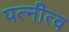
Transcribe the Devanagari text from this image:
पत्नीत्व